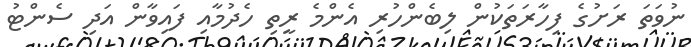
ނުވަތަ ރަށުގެ ފިހާރަތަކުން ލިބެންހުރި އެންމެ ރީތި ހެދުމާއި ފައިވާން އަދި ސެންޓު